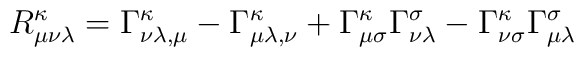
R^{\kappa}_{\mu\nu\lambda} = \Gamma^{\kappa}_{{\nu\lambda},\mu}- \Gamma^{\kappa}_{{\mu\lambda},\nu} + \Gamma^{\kappa}_{\mu\sigma} \Gamma^{\sigma}_{\nu\lambda} -  \Gamma^{\kappa}_{\nu\sigma} \Gamma^{\sigma}_{\mu\lambda}